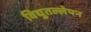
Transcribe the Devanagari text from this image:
विद्युतल्लेपन